Report of an investigation into the causes of malaria in Bombay and the measures necessary for its control
Disease focus: Malaria
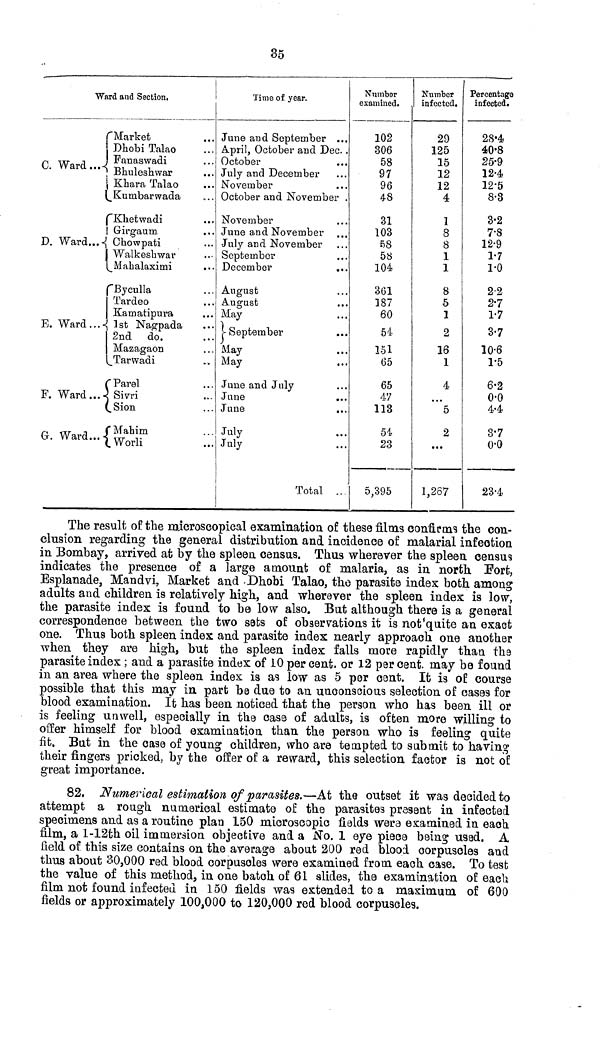
35
Ward and Section.
C. Ward...*
D. Ward...Ê
. Ward...<
F. Ward...-
G-. Ward...-
r Market
Dhobi Talao
Fanaswadi
Bhuleshwar
Khara Talaô
Kunibarwada
iChetwadi
Girgaum
Cliowpati
Walkeshwar
Mabalaximi
.••
fByculla
Tardeo
Kamatipura
1st Naipada
2nd do.
Mazagaon
Tarwadi
fParel
< Sivri
CSion
f Mahim
LWorli
Time of year.
Jume and September ...
April, October and Dec. .
October
July and December
November
October and November .
November
June and November
July and November
September
December
August
August
May
)
j-oeptember
...
May
May
June and July
June
...
June
July
July
Total ..
Number
examined.
102
306
58
97
96
4-8
31
103
58
58
104
361
187
60
54
151
65
65
47
113
54
23
5,395
Number
infected.
29
125
15
12
12
4
1
8
8
1
1
8
5
1
2
16
1
4
" 5
2
...
1,267
Percentage
infected.
28*4
40'8
25-9
12-4
12-5
8-3
3-2
7-8
12-9
1-7
1-0
2-2
2-7
1-7
3-7
10-6
1-5
6-2
0-0
4-4
3-7
o-o
23-4
The result of the microscopical examination of these films confirms the con-
clusion regarding the general distribution and incidence of malarial infection
in Bombay, arrived at by the spleen census. Thus wherever the spleen census
indicates the presence of a large amount of malaria, as in north Port,
Esplanade, Mandvi, Market and Dhobi Talao, the parasite index both among
adults and children is relatively high, and wherever the spleen index is low,
the parasite index is found to be low also. Bat although there is a general
correspondence between the two sets of observations it is not quite an exact
one. Thus both spleen index and parasite index nearly approach one another
when they are high, but the spleen index falls more rapidly than the
parasite index ; and a parasite index of 10 per cent. or 12 per cent. may be found
in an area where the spleen index is as low as 5 per cent. It is of course
possible that this may in part be due to an unconscious selection of cases for
blood examination. It has been noticed that the person who has been ill or
is feeling unwell, especially in the case of adults, is often more willing to
offer himself for blood examination than the person who is feeling quite
fit. But in the case of young children, who are tempted to submit to having
their fingers pricked, by the offer of a reward, this selection factor is not of
great importance.
82. Numerical estimation of parasites.—At the outset it was decided to
attempt a rough numerical estimate of the parasites present in infected
specimens and as a routine plan 150 microscopic fields were examined in each
film, a l-12th oil immersion objective and a No. 1 eye piece being usad. A
field of this size contains on the average about 200 red blood corpuscles and
thus about 30,000 red blood corpuscles were examined from each case. To test
the value of this method, in one batch of 61 slides, the examination of each
film not found infected in 150 fields was extended to a maximum of 600
fields or approximately 100,000 to 120,000 red blood corpuscles.